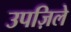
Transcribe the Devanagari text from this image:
उपज़िले